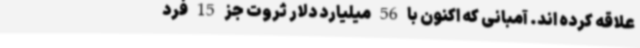
علاقه کرده اند. آمبانی که اکنون با 56 میلیارد دلار ثروت جز 15 فرد